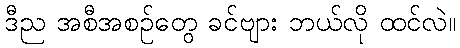
ဒီည အစီအစဉ်တွေ ခင်ဗျား ဘယ်လို ထင်လဲ။